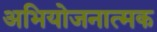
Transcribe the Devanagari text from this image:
अभियोजनात्मक